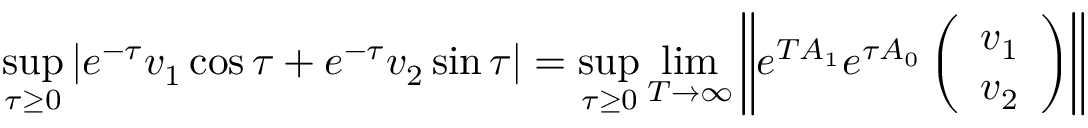
\operatorname* { s u p } _ { \tau \geq 0 } \left| e ^ { - \tau } v _ { 1 } \cos \tau + e ^ { - \tau } v _ { 2 } \sin \tau \right| = \operatorname* { s u p } _ { \tau \geq 0 } \operatorname* { l i m } _ { T \to \infty } \left\| e ^ { T A _ { 1 } } e ^ { \tau A _ { 0 } } \left( \begin{array} { l } { v _ { 1 } } \\ { v _ { 2 } } \end{array} \right) \right\|